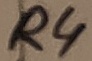
Text: R4